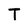
Character: T